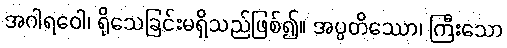
အဂါရဝေါ၊ ရိုသေခြင်းမရှိသည်ဖြစ်၍။ အပ္ပတိဿော၊ ကြီးသော